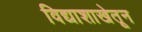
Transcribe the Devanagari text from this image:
विद्याशाखेतून